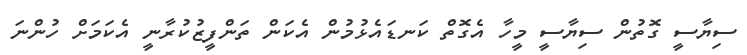
ސިޔާސީ ގޮތުން ސިޔާސީ މީހާ އެގޮތް ކަނޑައެޅުމުން އެކަން ތަންފީޒުކުރާނީ އެކަމަށް ހުންނަ